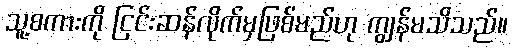
သူ့စကားကို ငြင်းဆန်လိုက်မှဖြစ်မည်ဟု ကျွန်မသိသည်။